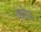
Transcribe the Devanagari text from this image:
कंटेप्ट